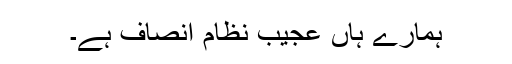
ہمارے ہاں عجیب نظام انصاف ہے۔